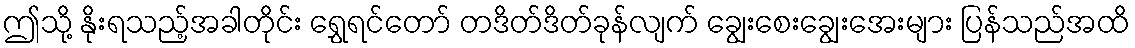
ဤသို့ နိုးရသည့်အခါတိုင်း ရွှေရင်တော် တဒိတ်ဒိတ်ခုန်လျက် ချွေးစေးချွေးအေးများ ပြန်သည်အထိ